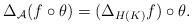
LaTeX: \begin{align*}\Delta _{\mathcal{A}}(f\circ \theta )=(\Delta _{H(K)}f)\circ \theta .\end{align*}